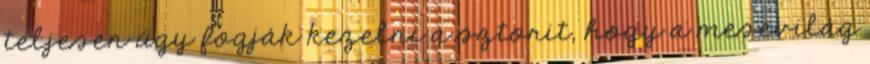
teljesen úgy fogják kezelni a sztorit, hogy a mesevilág